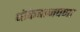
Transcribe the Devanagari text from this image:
धोकेबाजपणा